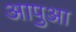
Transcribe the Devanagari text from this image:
आपुआ